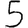
Digit: 5